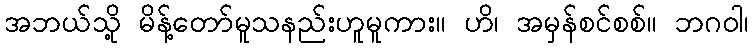
အဘယ်သို့ မိန့်တော်မူသနည်းဟူမူကား။ ဟိ၊ အမှန်စင်စစ်။ ဘဂဝါ၊